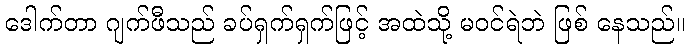
ဒေါက်တာ ဂျက်ဖီသည် ခပ်ရှက်ရှက်ဖြင့် အထဲသို့ မဝင်ရဲဘဲ ဖြစ် နေသည်။